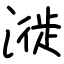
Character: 漇